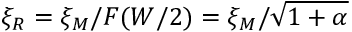
\xi _ { R } = \xi _ { M } / F ( W / 2 ) = \xi _ { M } / \sqrt { 1 + \alpha }